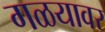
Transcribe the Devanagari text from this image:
गळयावर